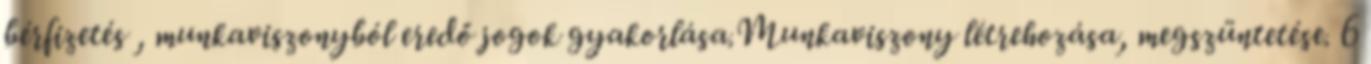
bérfizetés , munkaviszonyból eredő jogok gyakorlása.Munkaviszony létrehozása, megszüntetése. 6